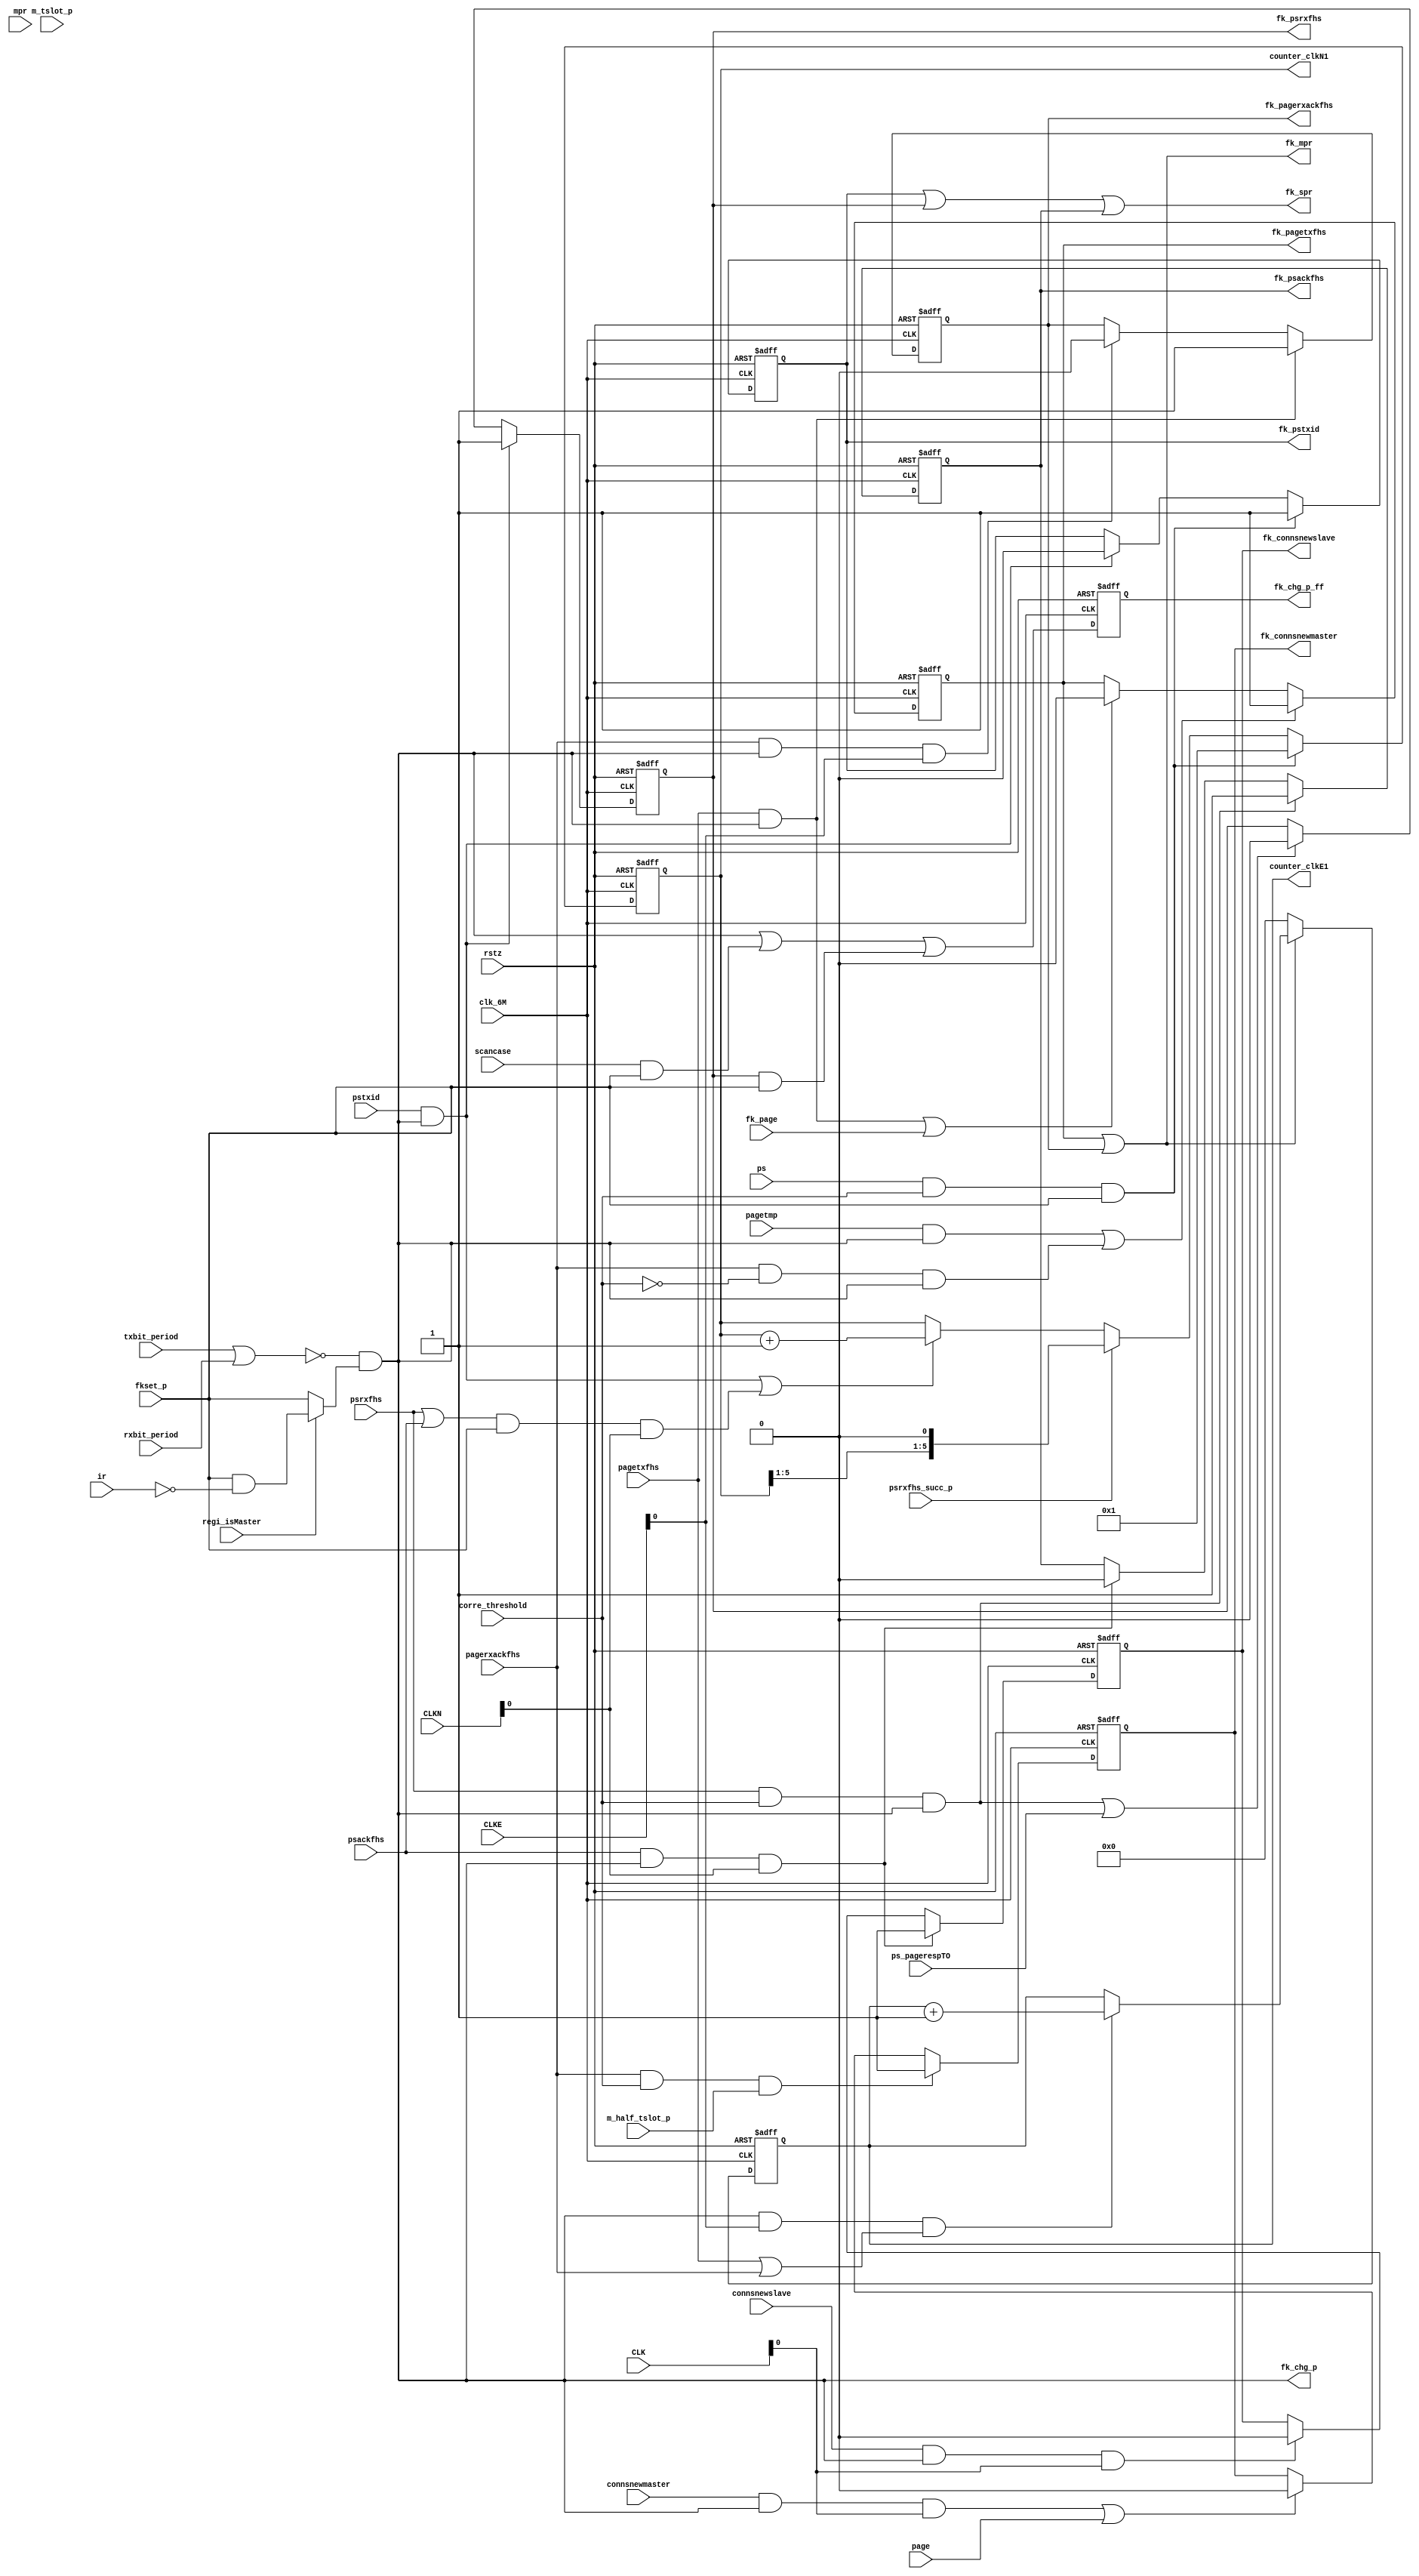
//
// computr fk in advance
//

module fkctrl(
clk_6M, rstz,
regi_isMaster,
ir,
psrxfhs_succ_p,
fk_page,
page,
ps_pagerespTO,
scancase,
m_half_tslot_p,
mpr,
m_tslot_p,
connsnewslave, connsnewmaster,
CLKN, CLKE, CLK,
txbit_period, rxbit_period,
fkset_p,  // default 150us pll setup time
ps, pstxid, psrxfhs, psackfhs, pagetxfhs, pagetmp, pagerxackfhs ,
corre_threshold,
//
counter_clkN1,
counter_clkE1,
fk_pstxid,
fk_psrxfhs,
fk_psackfhs,
fk_connsnewslave, fk_connsnewmaster,
fk_pagetxfhs,
fk_pagerxackfhs,
fk_spr, fk_mpr,
fk_chg_p, fk_chg_p_ff

);

input clk_6M, rstz;
input regi_isMaster;
input ir;
input psrxfhs_succ_p;
input fk_page;
input page;
input ps_pagerespTO;
input scancase;
input m_half_tslot_p;
input mpr;
input m_tslot_p;
input connsnewslave, connsnewmaster;
input [27:0] CLKN, CLKE, CLK;
input txbit_period, rxbit_period;
input fkset_p;  // default 150us pll setup time
input ps, pstxid, psrxfhs, psackfhs, pagetxfhs, pagetmp, pagerxackfhs ;
input corre_threshold;
//
output [5:0] counter_clkN1;
output [5:0] counter_clkE1;
output fk_pstxid;
output fk_psrxfhs;
output fk_psackfhs;
output fk_connsnewslave, fk_connsnewmaster;
output fk_pagetxfhs;
output fk_pagerxackfhs;
output fk_spr, fk_mpr;
output fk_chg_p, fk_chg_p_ff;

assign fk_spr = fk_pstxid | fk_psrxfhs | fk_psackfhs;

assign fk_mpr = fk_pagetxfhs | fk_pagerxackfhs;

wire ir_fkset_p = regi_isMaster ? fkset_p & !ir : fkset_p;
wire fk_chg_p = ((!(txbit_period | rxbit_period)) & ir_fkset_p); // | scancase_fk_chg_p;

wire psrxfhs_fk_chg_p = fk_psrxfhs & fkset_p;

wire scancase_fk_chg_p = (scancase) & fkset_p;

reg fk_chg_p_ff;
always @(posedge clk_6M or negedge rstz)
begin
  if (!rstz)
     fk_chg_p_ff <= 0;
  else 
     fk_chg_p_ff <= fk_chg_p | scancase_fk_chg_p | psrxfhs_fk_chg_p;
end


reg fk_pstxid;
always @(posedge clk_6M or negedge rstz)
begin
  if (!rstz)
     fk_pstxid <= 0;
  else if (ps & corre_threshold & fkset_p)  //special case 
     fk_pstxid <= 1'b1;
  else if (pstxid & fk_chg_p)
     fk_pstxid <= 1'b0;
end

reg fk_psrxfhs;
always @(posedge clk_6M or negedge rstz)
begin
  if (!rstz)
     fk_psrxfhs <= 0;
  else if (pstxid & fk_chg_p)
     fk_psrxfhs <= 1'b1;
  else if ((psrxfhs & corre_threshold & fk_chg_p) | ps_pagerespTO)
     fk_psrxfhs <= 1'b0;
end

reg fk_psackfhs;
always @(posedge clk_6M or negedge rstz)
begin
  if (!rstz)
     fk_psackfhs <= 0;
  else if (psrxfhs & corre_threshold & fk_chg_p)
     fk_psackfhs <= 1'b1;
  else if (psackfhs & fk_chg_p & CLKN[0])
     fk_psackfhs <= 1'b0;
end

reg fk_connsnewslave;
always @(posedge clk_6M or negedge rstz)
begin
  if (!rstz)
     fk_connsnewslave <= 0;
  else if (psackfhs & fk_chg_p & CLKN[0])
     fk_connsnewslave <= 1'b1;
  else if (connsnewslave & fk_chg_p & CLK[0])  // conns use CLK
     fk_connsnewslave <= 1'b0;
end


reg fk_pagetxfhs;
always @(posedge clk_6M or negedge rstz)
begin
  if (!rstz)
     fk_pagetxfhs <= 0;
  else if ( (pagetmp & fk_chg_p) | (pagerxackfhs & !corre_threshold & fk_chg_p) )
     fk_pagetxfhs <= 1'b1;
  else if ((pagetxfhs & fk_chg_p) | fk_page)
     fk_pagetxfhs <= 1'b0;
end

reg fk_pagerxackfhs;
always @(posedge clk_6M or negedge rstz)
begin
  if (!rstz)
     fk_pagerxackfhs <= 0;
  else if (pagetxfhs & fk_chg_p)
     fk_pagerxackfhs <= 1'b1;
  else if (pagerxackfhs & fk_chg_p & CLKE[0])
     fk_pagerxackfhs <= 1'b0;
end

reg fk_connsnewmaster;
always @(posedge clk_6M or negedge rstz)
begin
  if (!rstz)
     fk_connsnewmaster <= 0;
  else if (pagerxackfhs & corre_threshold & m_half_tslot_p)  // advance to half tslot
     fk_connsnewmaster <= 1'b1;
  else if ((connsnewmaster & fk_chg_p & CLK[0]) | page ) // conns use CLK
     fk_connsnewmaster <= 1'b0;
end
//
//
wire ps_N_incr_p = (pstxid & fk_chg_p) | ((psrxfhs|psackfhs) & fkset_p & CLKN[0]);

reg [5:0] counter_clkN1;
always @(posedge clk_6M or negedge rstz)
begin
  if (!rstz)
    begin
     counter_clkN1 <= 0;
    end 
  else if (ps & corre_threshold & fkset_p)  //slave page response
    begin
     counter_clkN1 <= 6'h1;
    end 
  else if (psrxfhs_succ_p)
     counter_clkN1 <= {counter_clkN1[5:1],1'b0};
  else if (ps_N_incr_p)
    begin
     counter_clkN1 <= counter_clkN1+1'b1;
    end 
end

wire page_N_incr_p = fk_chg_p & CLKE[0] & (pagetxfhs | pagerxackfhs);

reg [5:0] counter_clkE1;
always @(posedge clk_6M or negedge rstz)
begin
  if (!rstz)
    begin
     counter_clkE1 <= 0;
    end 
  else if (!fk_mpr)  //master page response
    begin
     counter_clkE1 <= 6'd0;
    end 
  else if (page_N_incr_p) //(CLKE[1] & m_tslot_p)
    begin
     counter_clkE1 <= counter_clkE1+1'b1;
    end 
end
//


endmodule